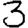
Digit: 3